Reports on dispensaries and lunatic asylums in the Province of Oudh - 1869-1876
Year: 1869
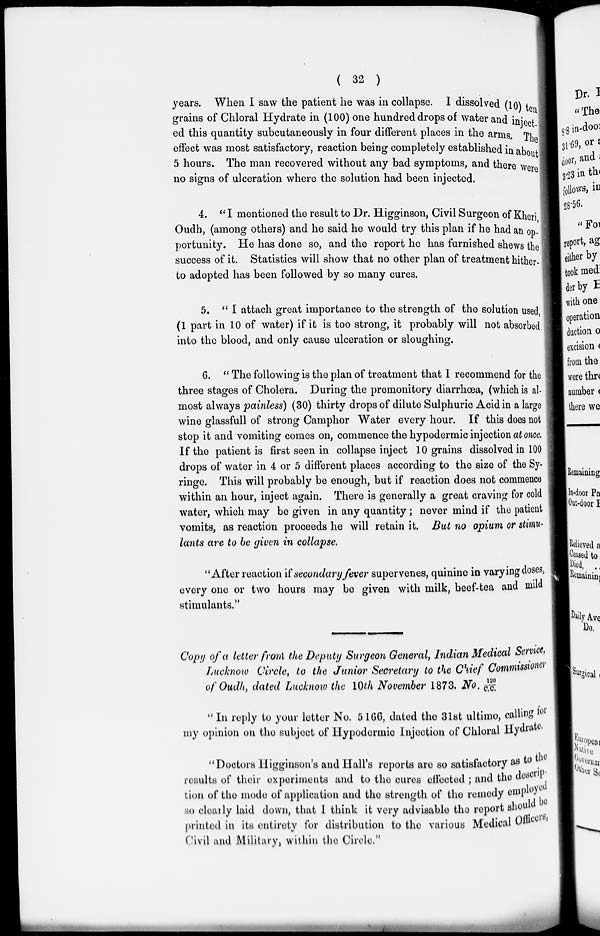
( 32 )
years. When I saw the patient he was in collapse. I dissolved (10) ten
grains of Chloral Hydrate in (100) one hundred drops of water and inject-
ed this quantity subcutaneously in four different places in the arms. The
effect was most satisfactory, reaction being completely established in about
5 hours. The man recovered without any bad symptoms, and there were
no signs of ulceration where the solution had been injected.
4. "I mentioned the result to Dr. Higginson, Civil Surgeon of Kheri,
Oudb, (among others) and he said he would try this plan if he had an op-
portunity. He has done so, and the report he has furnished shews the
success of it. Statistics will show that no other plan of treatment hither-
to adopted has been followed by so many cures.
5. " I attach great importance to the strength of the solution used,
(1 part in 10 of water) if it is too strong, it probably will not absorbed
into the blood, and only cause ulceration or sloughing.
6. " The following is the plan of treatment that I recommend for the
three stages of Cholera. During the premonitory diarrhœa, (which is al-
most always painless) (30) thirty drops of dilute Sulphuric Acid in a large
wine glassfull of strong Camphor Water every hour. If this does not
stop it and vomiting comes on, commence the hypodermic injection at once.
If the patient is first seen in collapse inject 10 grains dissolved in 100
drops of water in 4 or 5 different places according to the size of the Sy-
ringe. This will probably be enough, but if reaction does not commence
within an hour, inject again. There is generally a great craving for cold
water, which may be given in any quantity ; never mind if the patient
vomits, as reaction proceeds he will retain it. But no opium or stimu-
lants are to be given in collapse.
" After reaction if secondary fever supervenes, quinine in varying doses,
every one or two hours may be given with milk, beef-tea and mild
stimulants."
Copy of a letter from the Deputy Surgeon General, Indian Medical Service,
Lucknow Circle, to the Junior Secretary to the Chief Commissioner
of Oudh, dated Lucknow the 10th November 1873. No. 120/c.c.
" In reply to your letter No. 5166, dated the 31st ultimo, calling for
my opinion on the subject of Hypodermic Injection of Chloral Hydrate.
" Doctors Higginson's and Hall's reports are so satisfactory as to the
results of their experiments and to the cures effected ; and the descrip-
tion of the mode of application and the strength of the remedy employed
so clearly laid down, that I think it very advisable the report should be
printed in its entirety for distribution to the various Medical officers,
Civil and Military, within the Circle."